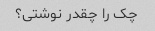
چک را چقدر نوشتی؟